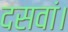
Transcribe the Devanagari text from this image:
दसवां।